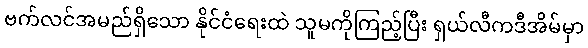
ဗက်လင်အမည်ရှိသော နိုင်ငံရေးထဲ သူမကိုကြည့်ပြီး ရှယ်လီကဒီအိမ်မှာ